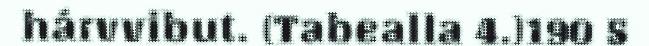
hárvvibut. (Tabealla 4.)190 5